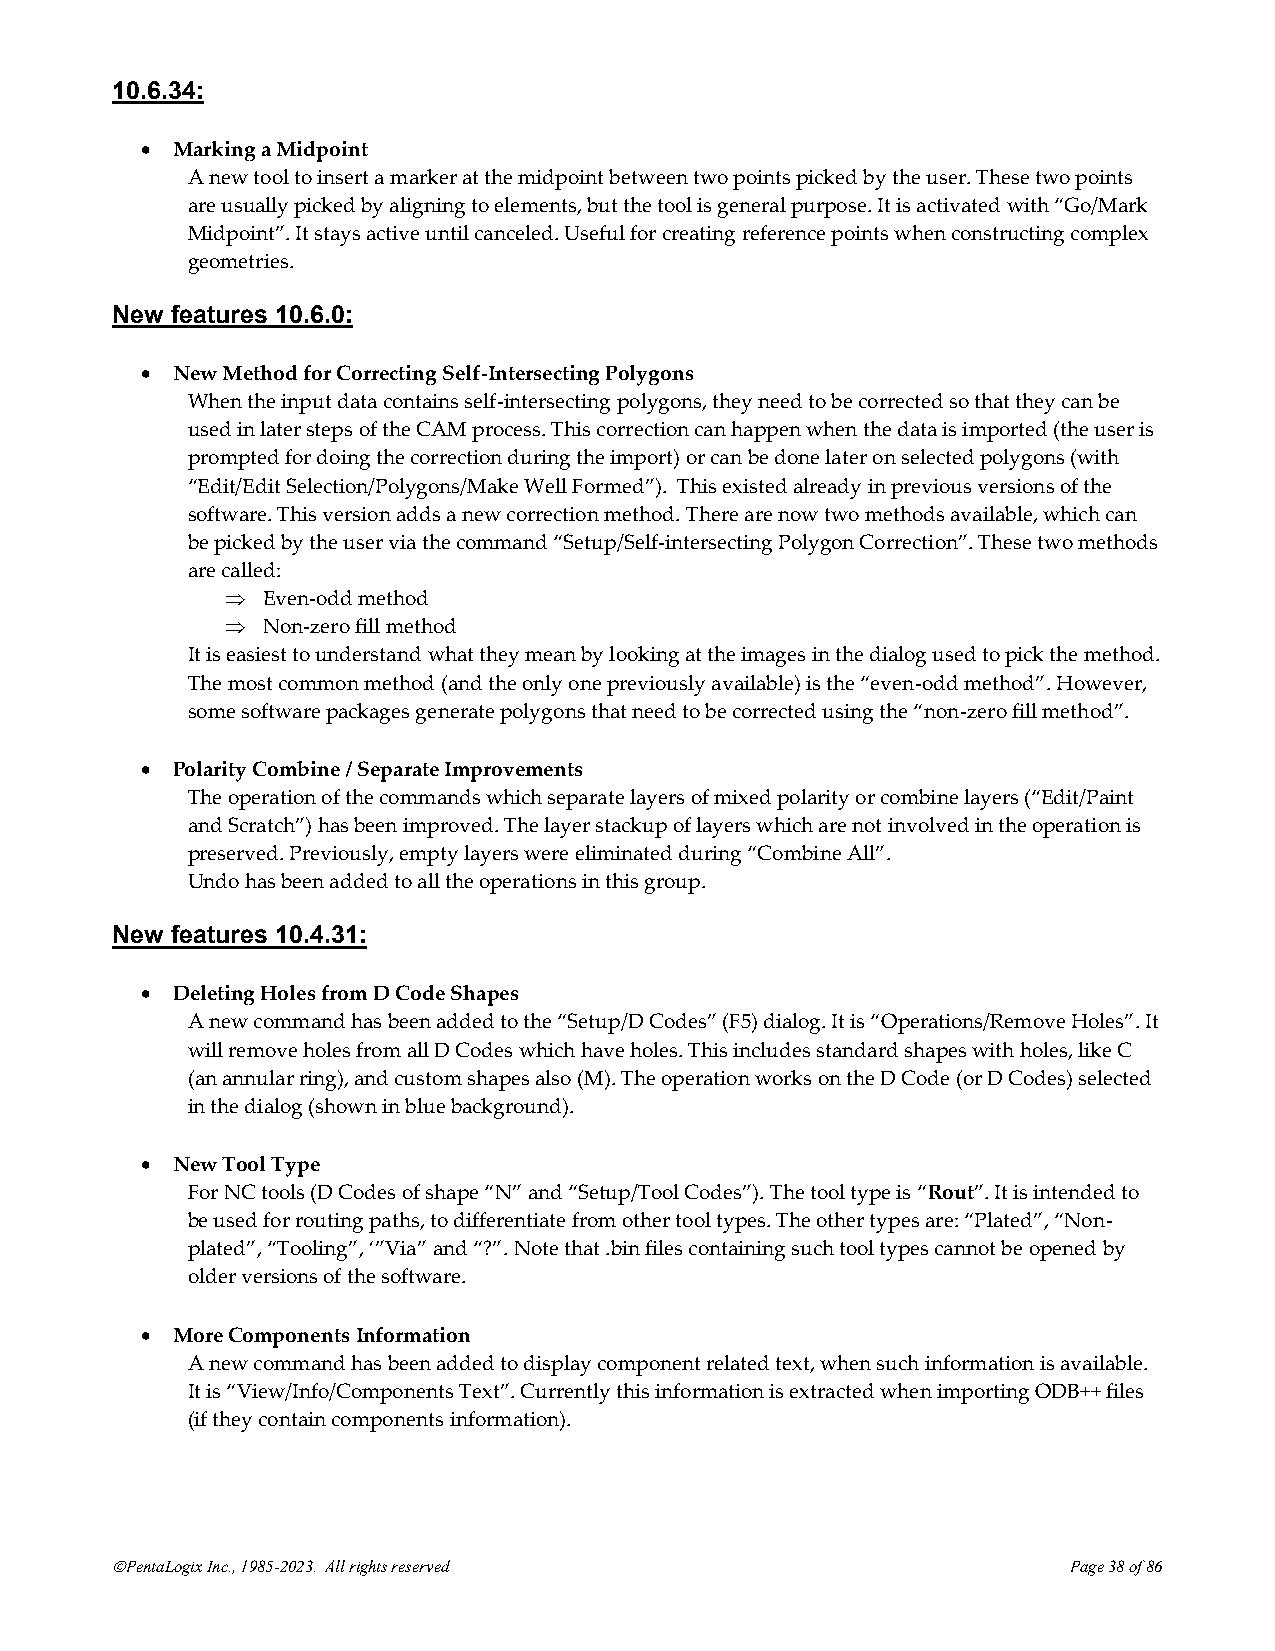
10.6.34:
 • Marking a Midpoint
 A new tool to insert a marker at the midpoint between two points picked by the user. These two points
 are usually picked by aligning to elements, but the tool is general purpose. It is activated with “Go/Mark
 Midpoint”. It stays active until canceled. Useful for creating reference points when constructing complex
 geometries.
 New features 10.6.0:
 • New Method for Correcting Self-Intersecting Polygons
 When the input data contains self-intersecting polygons, they need to be corrected so that they can be
 used in later steps of the CAM process. This correction can happen when the data is imported (the user is
 prompted for doing the correction during the import) or can be done later on selected polygons (with
 “Edit/Edit Selection/Polygons/Make Well Formed”). This existed already in previous versions of the
 software. This version adds a new correction method. There are now two methods available, which can
 be picked by the user via the command “Setup/Self-intersecting Polygon Correction”. These two methods
 are called:
  Even-odd method
  Non-zero fill method
 It is easiest to understand what they mean by looking at the images in the dialog used to pick the method.
 The most common method (and the only one previously available) is the “even-odd method”. However,
 some software packages generate polygons that need to be corrected using the “non-zero fill method”.
 • Polarity Combine / Separate Improvements
 The operation of the commands which separate layers of mixed polarity or combine layers (“Edit/Paint
 and Scratch”) has been improved. The layer stackup of layers which are not involved in the operation is
 preserved. Previously, empty layers were eliminated during “Combine All”.
 Undo has been added to all the operations in this group.
 New features 10.4.31:
 • Deleting Holes from D Code Shapes
 A new command has been added to the “Setup/D Codes” (F5) dialog. It is “Operations/Remove Holes”. It
 will remove holes from all D Codes which have holes. This includes standard shapes with holes, like C
 (an annular ring), and custom shapes also (M). The operation works on the D Code (or D Codes) selected
 in the dialog (shown in blue background).
 • New Tool Type
 For NC tools (D Codes of shape “N” and “Setup/Tool Codes”). The tool type is “Rout”. It is intended to
 be used for routing paths, to differentiate from other tool types. The other types are: “Plated”, “Non-
 plated”, “Tooling”, ‘”Via” and “?”. Note that .bin files containing such tool types cannot be opened by
 older versions of the software.
 • More Components Information
 A new command has been added to display component related text, when such information is available.
 It is “View/Info/Components Text”. Currently this information is extracted when importing ODB++ files
 (if they contain components information).
 ©PentaLogix Inc., 1985-2023. All rights reserved                Page 38 of 86